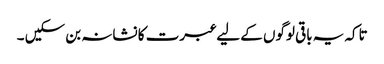
تاکہ یہ باقی لوگوں کے لیے عبرت کا نشانہ بن سکیں ۔